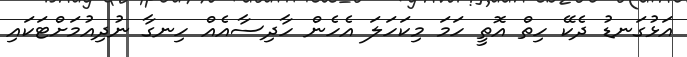
އަޅުގަނޑު ދެކޭ ހިތް އޮތީ ހަމަ މިކަހަލަ އެހެން ހާދިސާއެއް ހިނގާ ނުދިއުމަށްޓަކައި